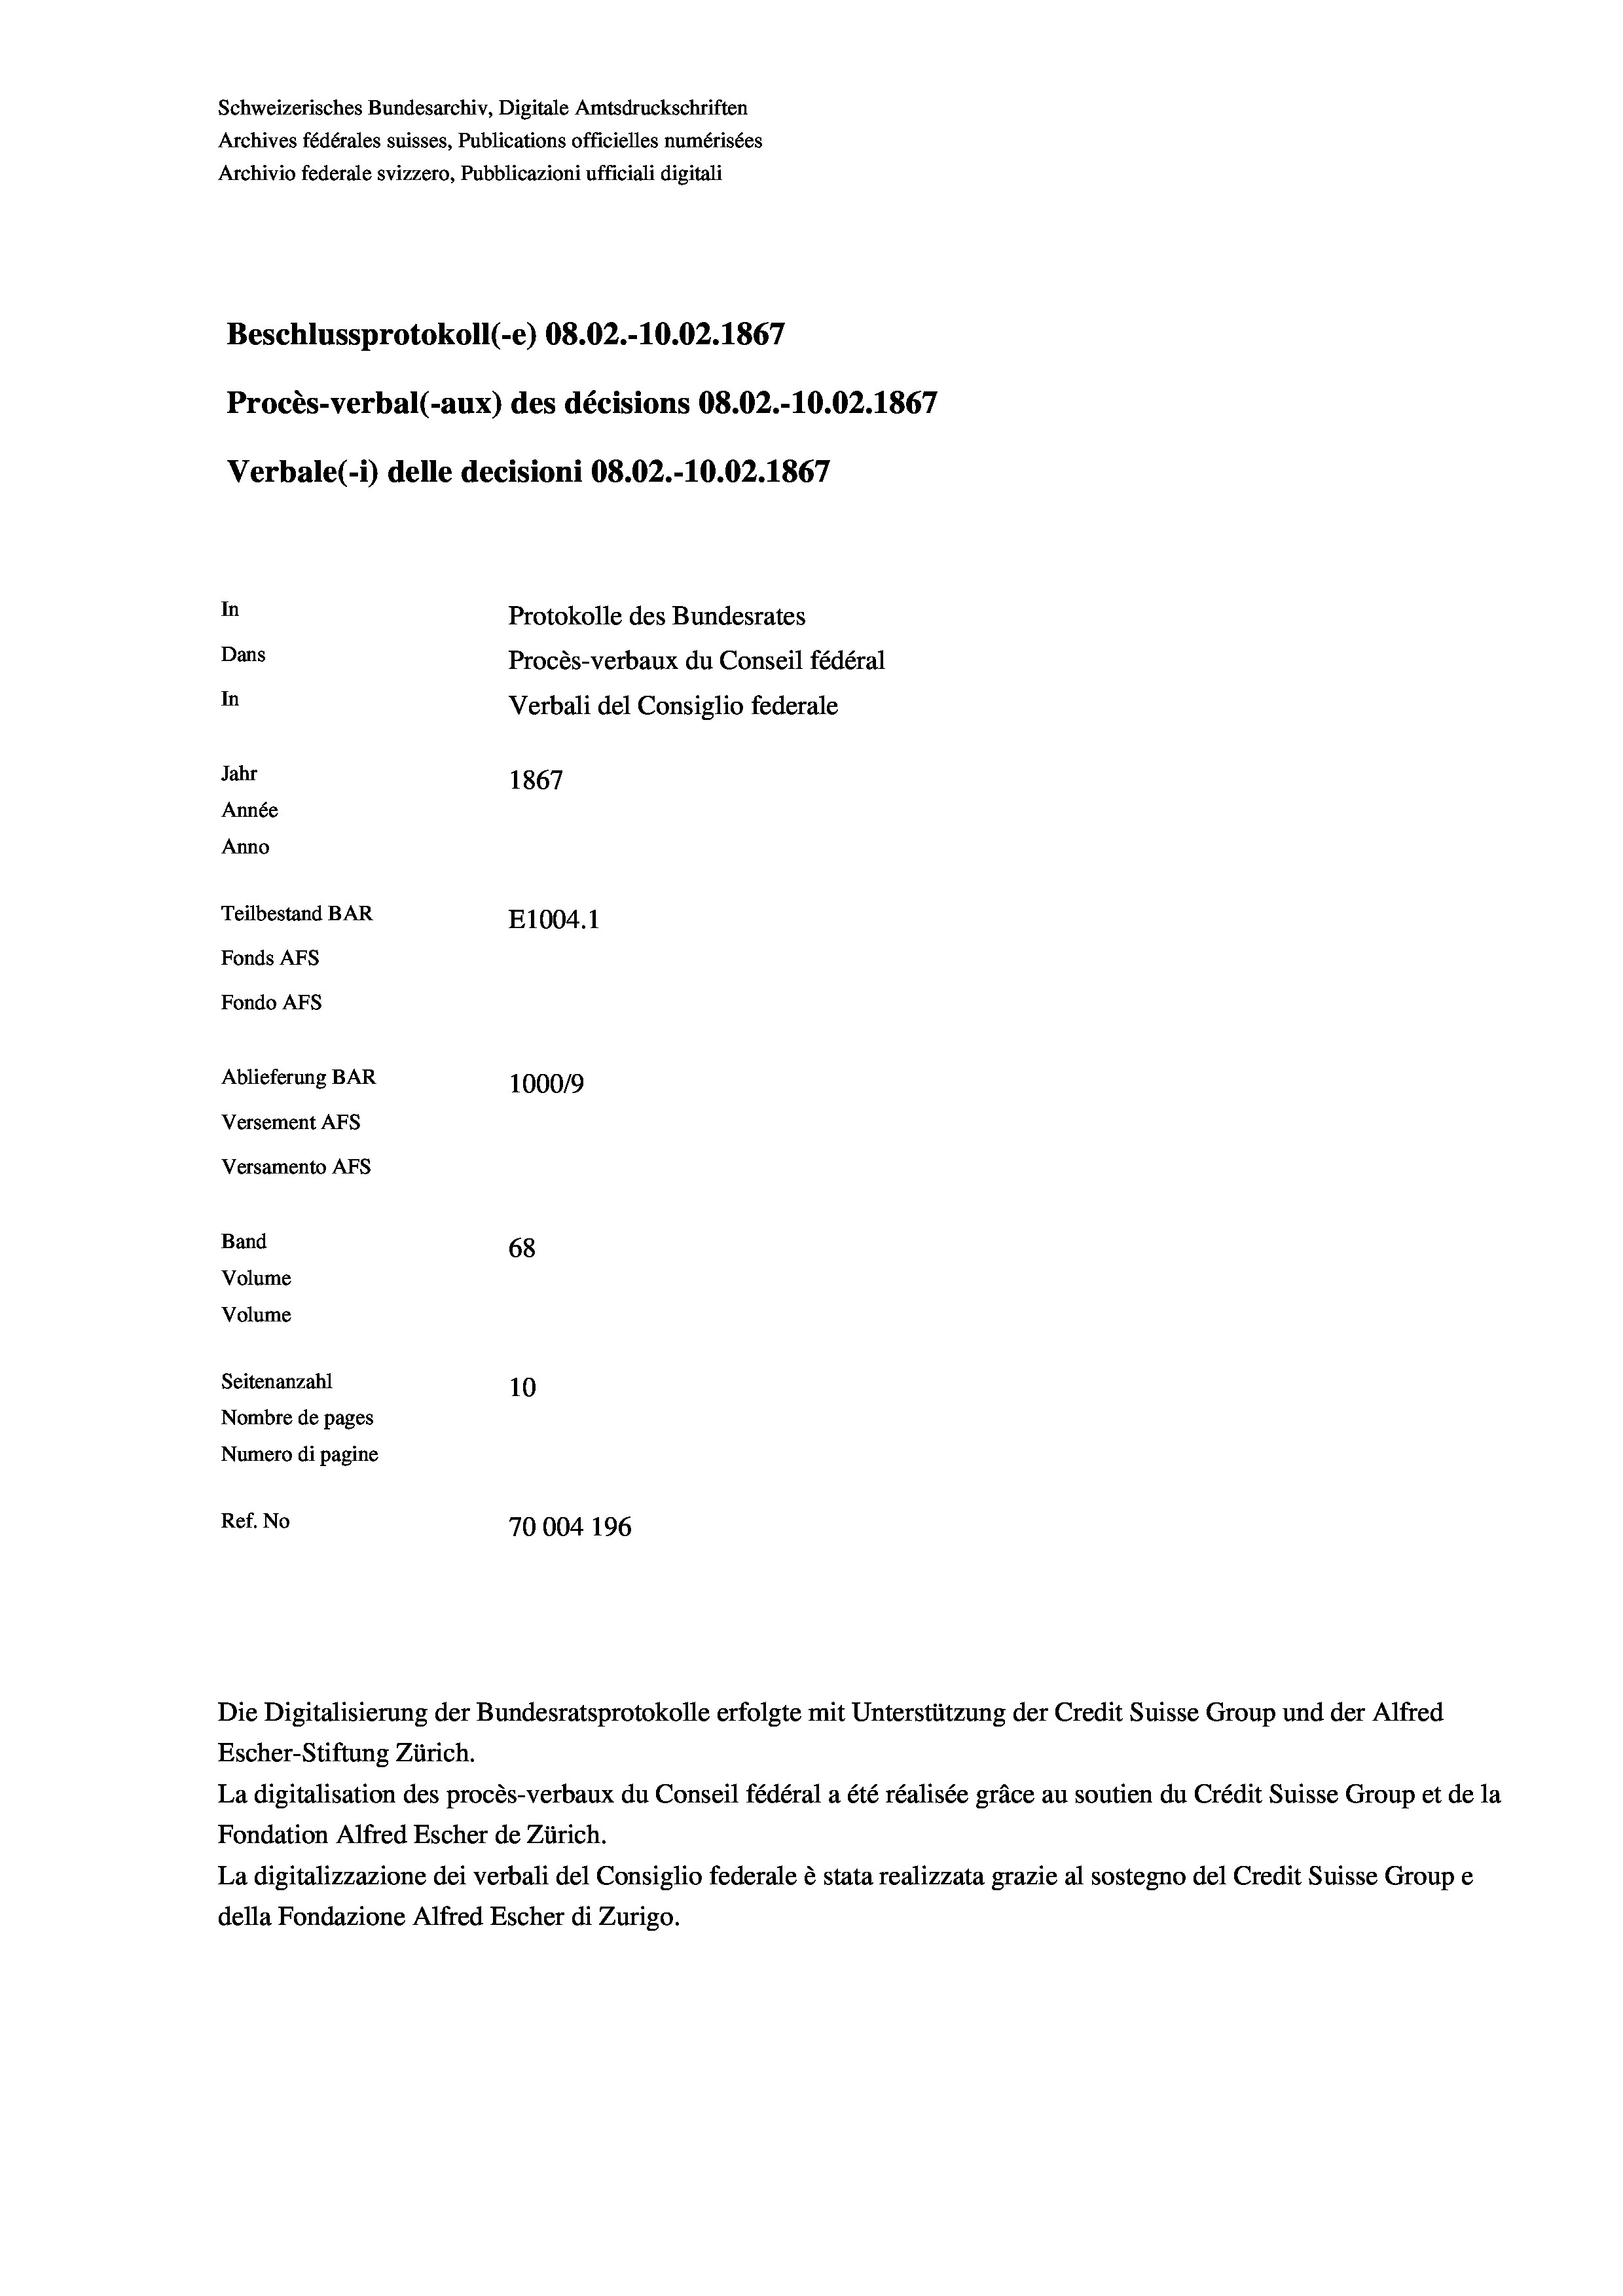
Schweizerisches Bundesarchiv, Digitale Amtsdruckschriften
Archives fédérales suisses, Publications officielles numérisées
Archivio federale svizzero, Pubblicazioni ufficiali digitali
Beschlussprotokoll (-e) 08.02.-10.02. 1867
Procès-verbal (-aux) des décisions 08.02.-10.02. 1867
Verbale (i) delle decisioni 08.02.-10.02. 1867
In
Protokolle des Bundesrates
Dans
Procès-verbaux du Conseil fédéral
In
Verbali del Consiglio federale
Jahr
1867
Année
Anno
Teilbestand BAR
E1004.1
Fonds AFs
Fondo AFS

Ablieferung BAR
Versement AFs
Versamento AFs
Band
Volume
Volume
Seitenanzahl

100019
68
10
Nombre de pages
Numero di pagine
Ref. No
70004 196

Escher-Stiftung Zürich.
La digitalisation des procès-verbaux du Conseil fédéral a été réalisée gräce au soutien du Crédit Suisse Group et de la
Fondation Alfred Escher de Zürich.
La digitalizzazione dei verbali del Consiglio federale è stata realizzata grazie al sostegno del Credit Suisse Groupe
della Fondazione Alfred Escher di Zurigo.

Die Digitalisierung der Bundesratsprotokolle erfolgte mit Unterstützung der Credit Suisse Group und der Alfred